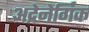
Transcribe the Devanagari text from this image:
अद्रेनेर्गिक